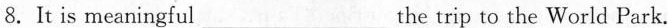
8.It is meaningful___ the trip to the World Park.